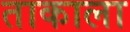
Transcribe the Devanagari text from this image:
ताकाला